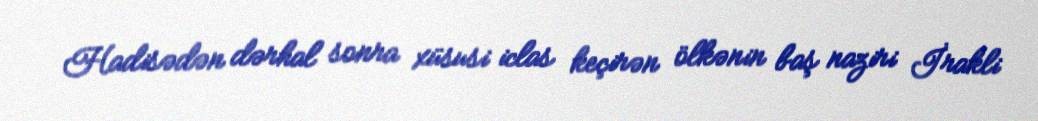
Hadisədən dərhal sonra xüsusi iclas keçirən ölkənin baş naziri İrakli